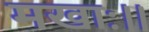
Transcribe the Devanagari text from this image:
मखाः।।